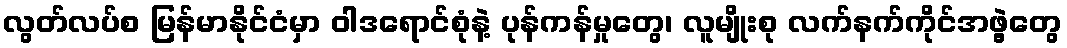
လွတ်လပ်စ မြန်မာနိုင်ငံမှာ ဝါဒရောင်စုံနဲ့ ပုန်ကန်မှုတွေ၊ လူမျိုးစု လက်နက်ကိုင်အဖွဲ့တွေ